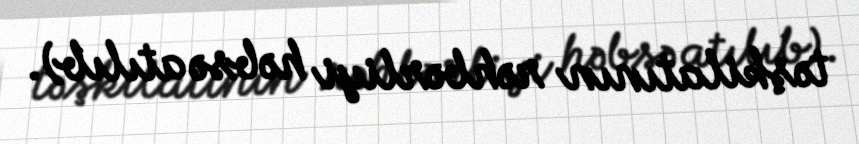
təşkilatının rəhbərliyi həbsə atılıb).